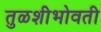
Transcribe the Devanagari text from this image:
तुळशीभोवती